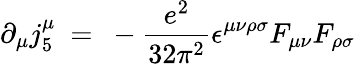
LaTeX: \partial_{\mu}j_{5}^{\mu}~=~-{\frac{e^{2}}{32\pi^{2}}}\epsilon^{\mu\nu\rho\sigma}F_{\mu\nu}F_{\rho\sigma}